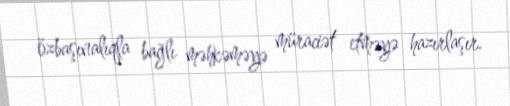
özbaşınalıqla bağlı məhkəməyə müraciət etməyə hazırlaşır.